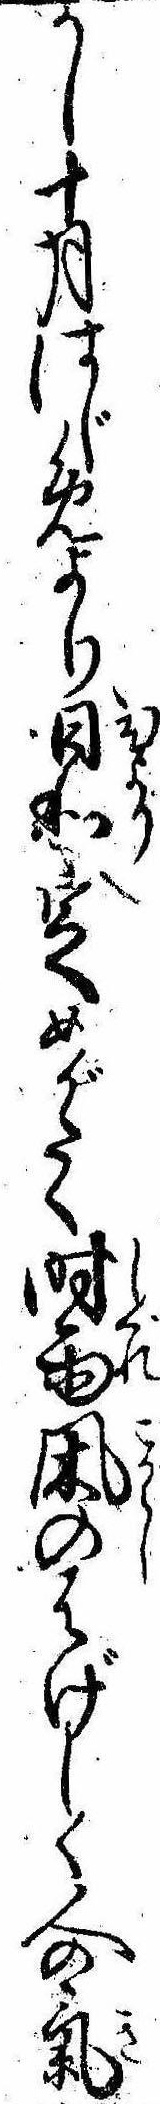
かし十月はじめより日和定めがたく時雨凩のはげしく人の気